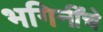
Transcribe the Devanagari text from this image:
भगिनींचे